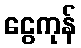
ငွေကုန်